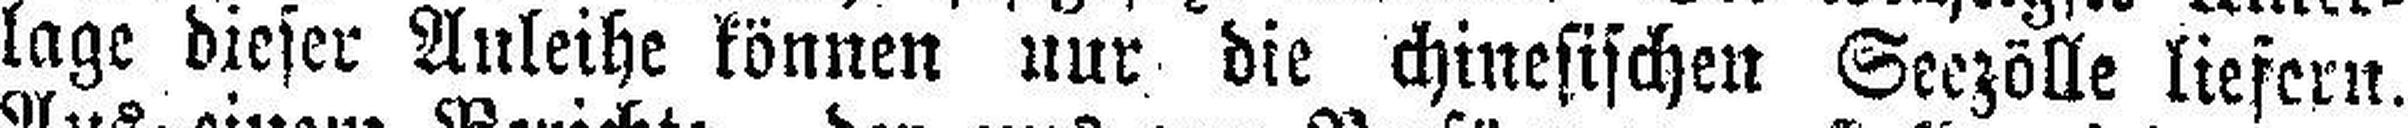
lage dieser Anleihe können nur die chinesischen Seezölle liefern.